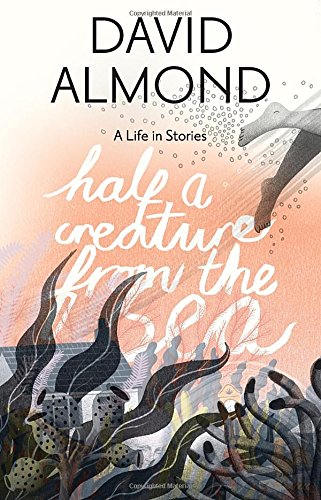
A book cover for Half a Creature from the Sea: A Life in Stories; David Almond; Teen & Young Adult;